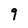
Character: 9